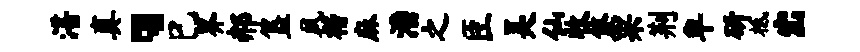
湛真、巳界郝簋夙楷麻潘之臣吴仙收攸粟荆卑斫柢出